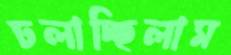
ঢলাচ্ছিলাম